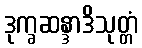
ဒုက္ခဆန္ဒာဒိသုတ္တံ